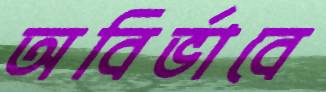
অবির্ভাবে